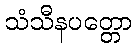
သံသီနပတ္တော